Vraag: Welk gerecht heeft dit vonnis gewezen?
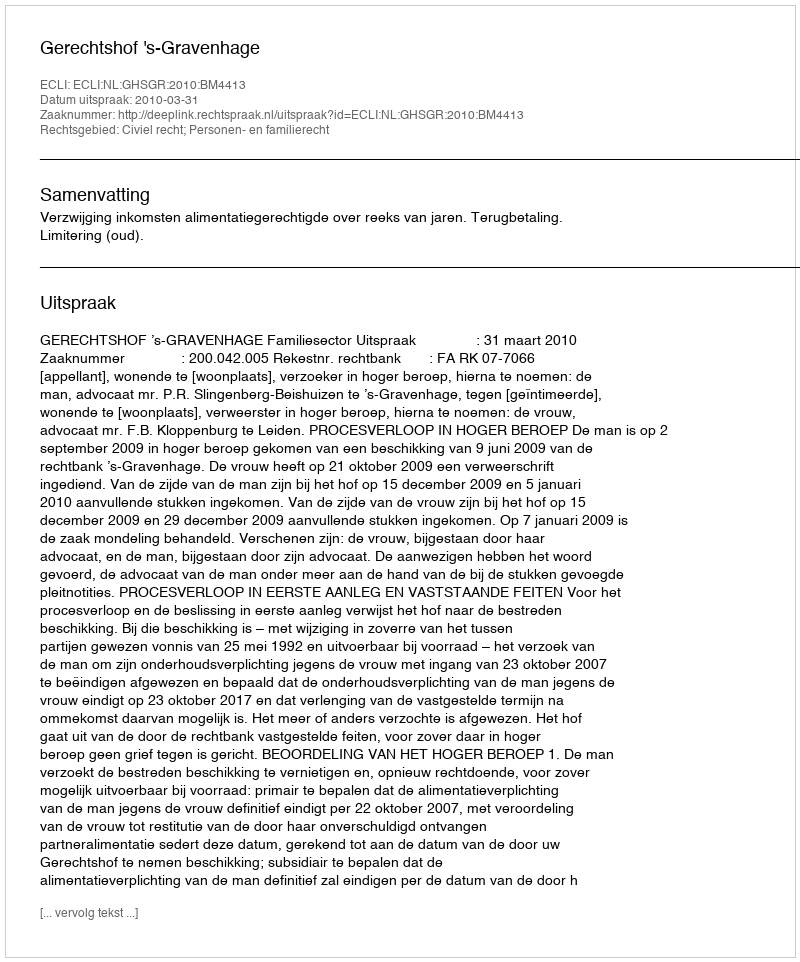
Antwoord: Gerechtshof 's-Gravenhage